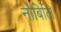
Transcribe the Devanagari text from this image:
नोबिलि